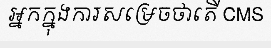
អ្នកក្នុងការសម្រេចថាតើ CMS